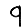
Digit: 9